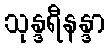
သုန္ဒရီနန္ဒာ